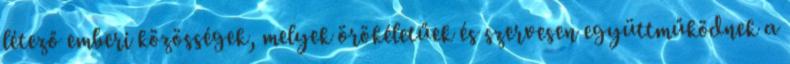
létező emberi közösségek, melyek örökéletűek és szervesen együttműködnek a